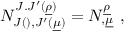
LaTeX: N _ { J ( \l ) , J ^ { \prime } ( \underline { { { \mu } } } ) } ^ { J . J ^ { \prime } ( \underline { { { \rho } } } ) } = N _ { \l , \underline { { { \mu } } } } ^ { \underline { { { \rho } } } } \ ,